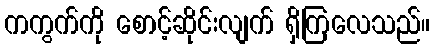
ကကွက်ကို စောင့်ဆိုင်းလျက် ရှိကြလေသည်။